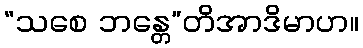
“သစေ ဘန္တေ”တိအာဒိမာဟ။